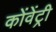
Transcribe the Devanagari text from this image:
कोंवेंट्री